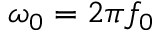
\omega _ { 0 } = 2 \pi f _ { 0 }